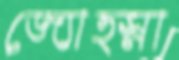
জ্যোত্স্না